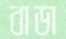
বাডা